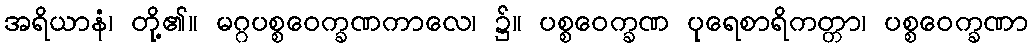
အရိယာနံ၊ တို့၏။ မဂ္ဂပစ္စဝေက္ခဏကာလေ၊ ၌။ ပစ္စဝေက္ခဏ ပုရေစာရိကတ္တာ၊ ပစ္စဝေက္ခဏာ